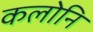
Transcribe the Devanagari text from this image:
कलोनि